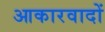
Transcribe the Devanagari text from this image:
आकारवादों